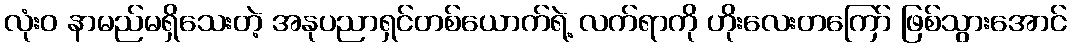
လုံးဝ နာမည်မရှိသေးတဲ့ အနုပညာရှင်တစ်ယောက်ရဲ့ လက်ရာကို ဟိုးလေးတကြော် ဖြစ်သွားအောင်